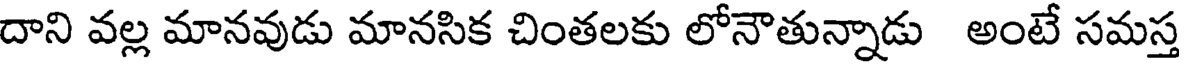
దాని వల్ల మానవుడు మానసిక చింతలకు లోనౌతున్నాడు అంటే సమస్త